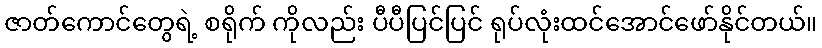
ဇာတ်ကောင်တွေရဲ့ စရိုက် ကိုလည်း ပီပီပြင်ပြင် ရုပ်လုံးထင်အောင်ဖော်နိုင်တယ်။